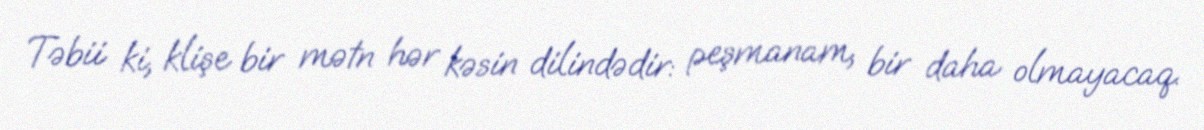
Təbii ki, klişe bir mətn hər kəsin dilindədir: peşmanam, bir daha olmayacaq.